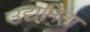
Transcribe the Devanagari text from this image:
उद्यमिता